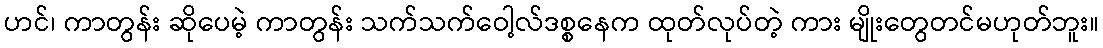
ဟင်၊ ကာတွန်း ဆိုပေမဲ့ ကာတွန်း သက်သက်ဝေါ့လ်ဒစ္စနေက ထုတ်လုပ်တဲ့ ကား မျိုးတွေတင်မဟုတ်ဘူး။